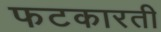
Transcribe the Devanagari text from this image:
फटकारती